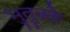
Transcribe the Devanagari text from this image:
भुतुक्कै